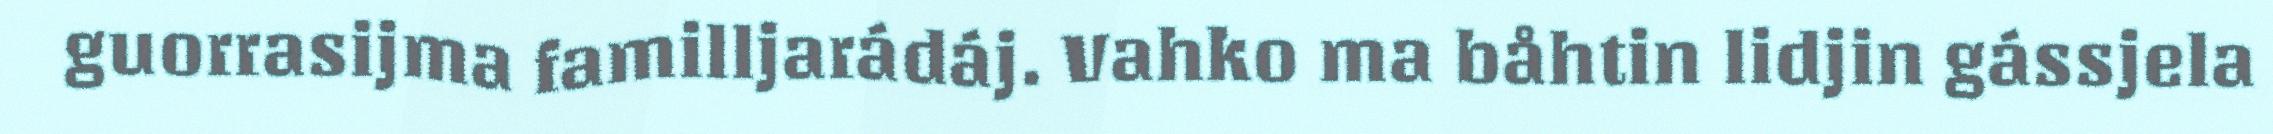
guorrasijma familljarádáj. Vahko ma båhtin lidjin gássjela